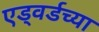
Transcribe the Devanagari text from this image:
एड्वर्डच्या